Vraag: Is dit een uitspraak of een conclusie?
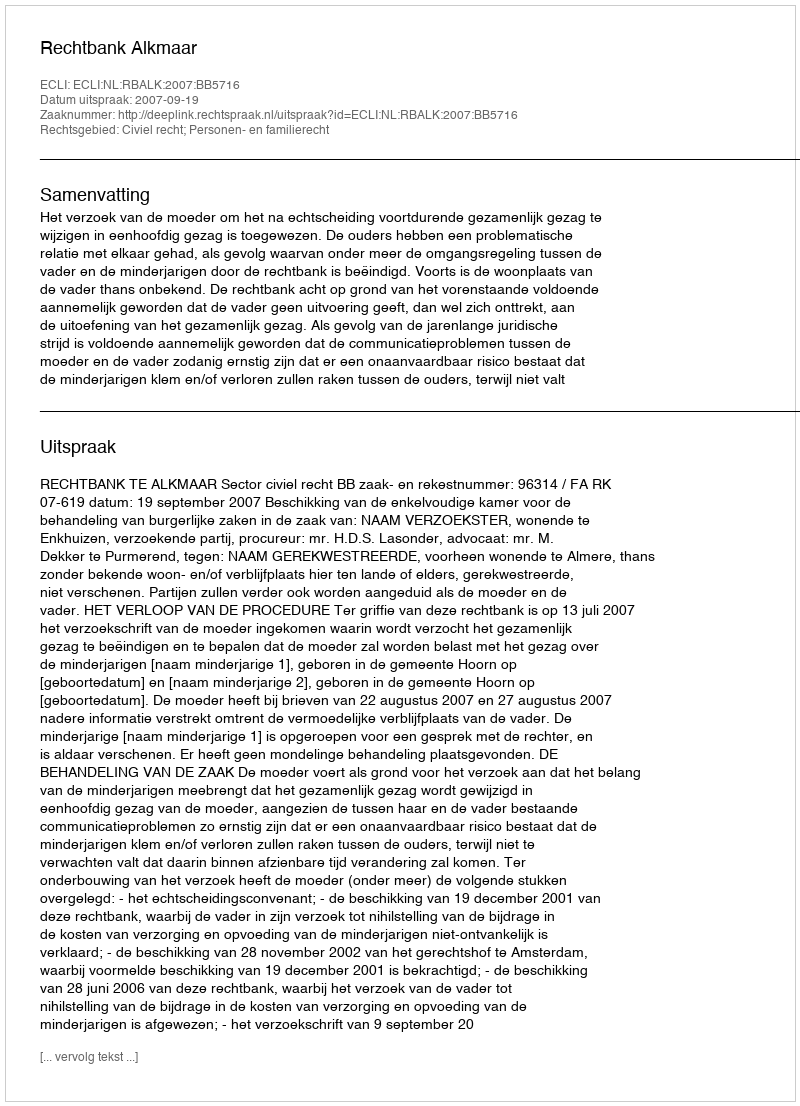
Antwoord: Uitspraak